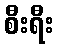
စီးရီး